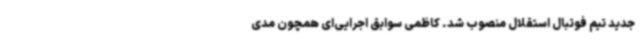
جدید تیم فوتبال استقلال منصوب شد. کاظمی سوابق اجرایی‌ای همچون مدی